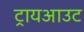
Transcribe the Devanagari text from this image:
ट्रायआउट